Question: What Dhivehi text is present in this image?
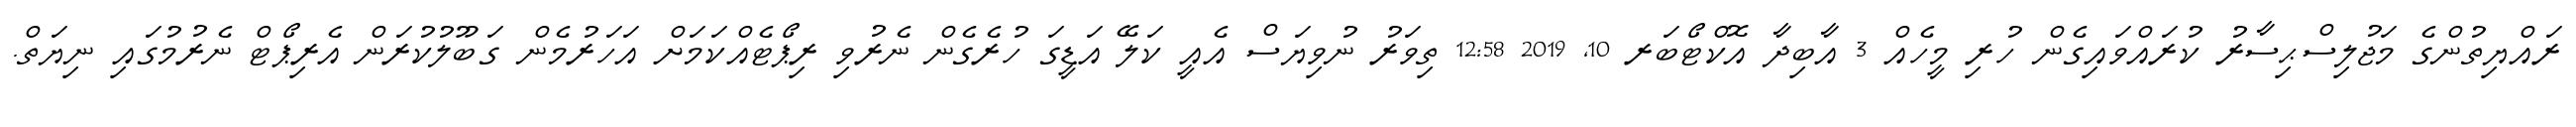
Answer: ރައްޔިތުންގެ މަޖުލިސްޙިސާރު ކުރައްވައިގެން ހުރި މީހެއް 3 އާބިދާ އޮކްޓޯބަރ 10, 2019 12:58 ތިވަރު ނުވިޔަސް އެއީ ކަލޭ އަޑީގަ ހުރެގެން ނެރުވި ރިޕޯޓެއްކަމަށް އަހަރުމެން ގަބޫލުކުރަން އެރިޕޯޓް ނެރުމުގައި ނިޔަތް.